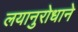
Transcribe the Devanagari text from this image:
लयानुरोधाने